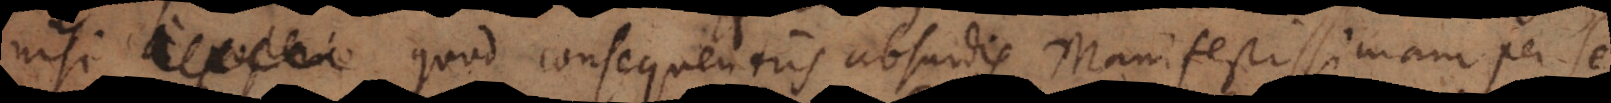
posterio quod consequentiis absurdis manifestissimam per se